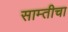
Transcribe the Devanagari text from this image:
साम्तीचा